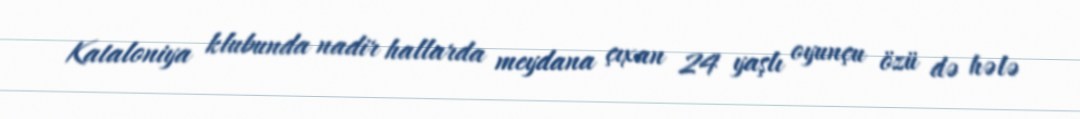
Kataloniya klubunda nadir hallarda meydana çıxan 24 yaşlı oyunçu özü də hələ